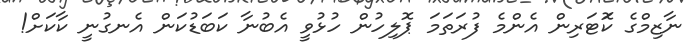
ނާޒިމްގެ ކޮަަޓަރިން އެންމެ ފުރަތަމަ ޕޮލިހުން ހުޅުވީ އެބުނާ ކަބަޑުކަން އެނގުނީ ކާކަށް!